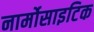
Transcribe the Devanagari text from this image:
नार्मोसाइटिक